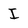
Character: I